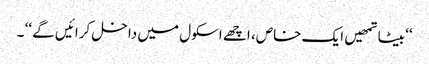
‘‘ بیٹا تمھیں ایک خاص، اچھے اسکول میں داخل کرائیں گے ‘‘ ۔